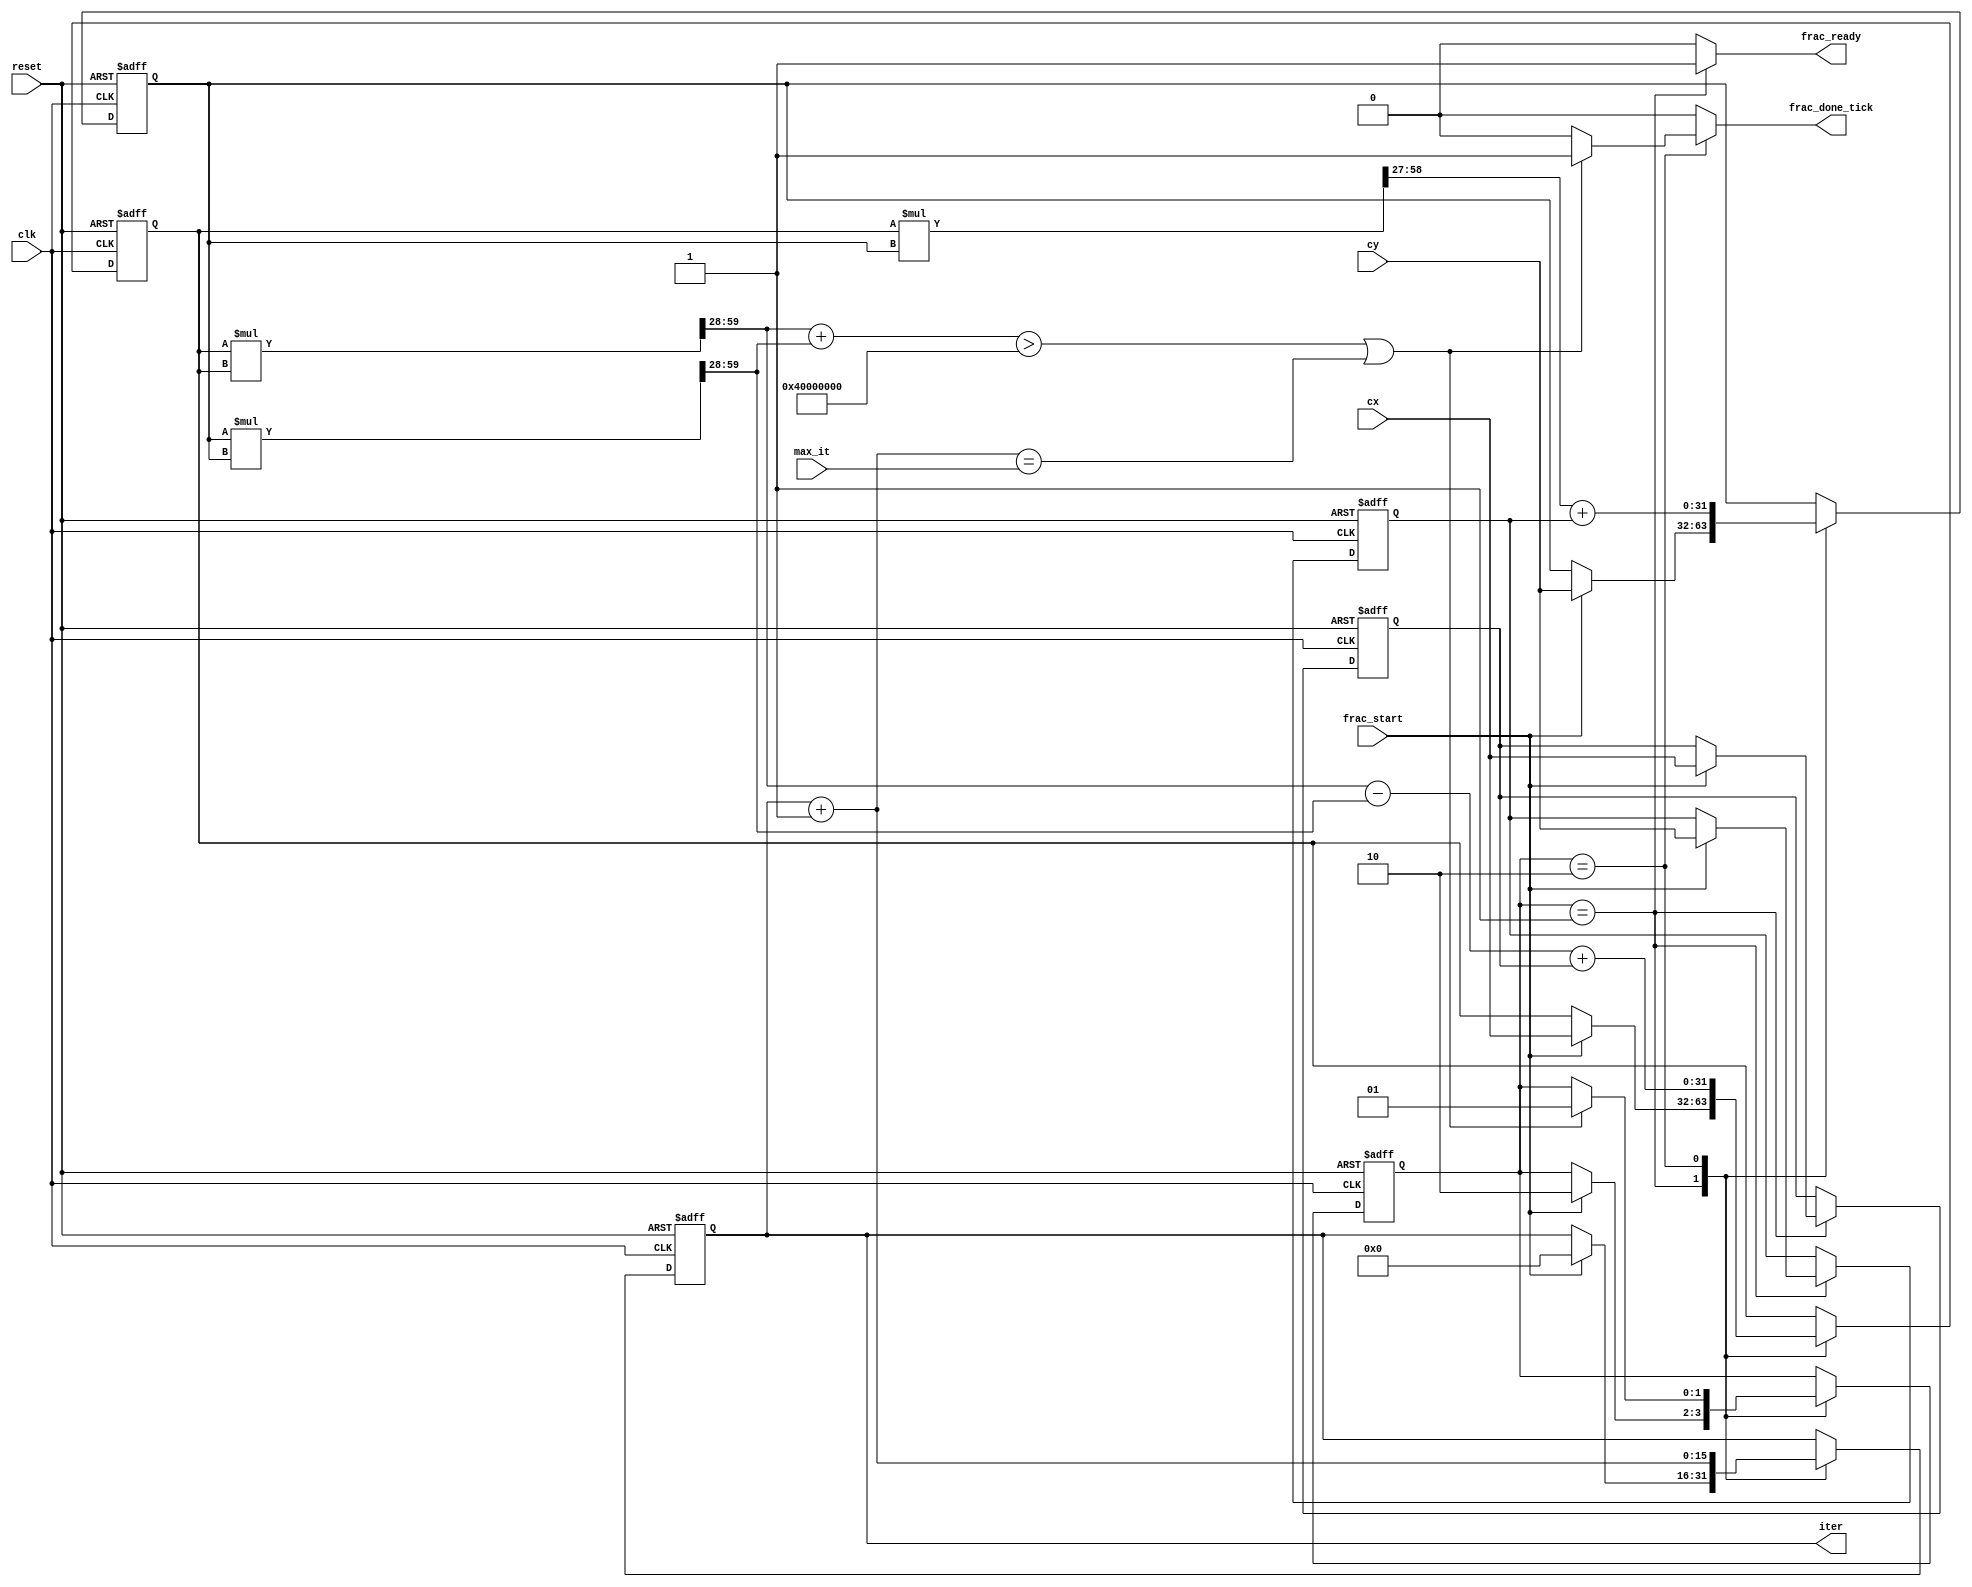
module frac_engine 
   #(
    parameter W = 32,   // width (# bits) of Qm.f format
    parameter M= 4      // # of bits in m
   )
   (
    input wire clk, reset,
    input wire frac_start,
    input wire [W-1:0] cx, cy, 
    input wire [15:0] max_it,
    output wire [15:0] iter,
    output wire frac_ready, frac_done_tick
   );

   // constant declaration
   localparam F = W - M; // # of bits in fraction
   
   // symbolic state declaration
   localparam [1:0]
      idle = 2'b01,
      op   = 2'b10;

   // signal declaration
   reg [1:0] state_reg, state_next;
   reg [15:0] it_reg, it_next;
   wire signed [2*W-1:0] xx_raw, yy_raw, xy_raw;
   wire signed [W-1:0] xx, yy, xy2;
   reg signed [W-1:0] x_reg, x_next, y_reg, y_next; 
   reg signed [W-1:0] cx_reg, cx_next, cy_reg, cy_next; 
   wire escape;
   reg frac_ready_i, frac_done;
   
   // body
   // FSMD state & data registers
   always @(posedge clk, posedge reset)
      if (reset)
         begin
            state_reg <= idle;
            it_reg <= 0;
            x_reg <= 0;
            y_reg <= 0;
            cx_reg <= 0;
            cy_reg <= 0;
         end    
      else
         begin
            state_reg <= state_next;
            it_reg <= it_next;
            x_reg <= x_next;
            y_reg <= y_next;
            cx_reg <= cx_next;
            cy_reg <= cy_next;
         end
   
   // fixed-point multiplications 
   assign xx_raw = x_reg * x_reg;         // in Q2m.2f  
   assign xx = xx_raw[(2*W-1)-M:F];       // back to Qm.f  
   assign yy_raw = y_reg * y_reg;         // in Q2m.2f 
   assign yy = yy_raw[(2*W-1)-M:F];       // back to Qm.f 
   assign xy_raw  = x_reg * y_reg;        // xy in Q2m.2f
   assign xy2 = xy_raw[(2*W-1)-M-1:F-1];  // 2xy in Qm.f 
   // escape condition 
   assign escape = (xx+yy > 32'h40000000); 
   
   // FSMD next-state logic
   always @*
   begin
      state_next = state_reg;
      it_next = it_reg;
      x_next = x_reg;
      y_next = y_reg;
      cx_next = cx_reg;
      cy_next = cy_reg;
      frac_ready_i = 1'b0;
      frac_done = 1'b0;
      case (state_reg)
         idle:
            begin
               frac_ready_i = 1'b1;
               if (frac_start)
                  begin 
                     x_next = cx;
                     y_next = cy;
                     cx_next = cx;
                     cy_next = cy;
                     it_next = 0;
                     state_next = op;
                  end   
            end
         op:
            begin 
               x_next = xx - yy + cx_reg;
               y_next = xy2 + cy_reg; 
               it_next = it_reg +  1;
               if (escape | (it_next==max_it))  
                  begin 
                     state_next = idle;
                     frac_done = 1'b1;
                  end   
            end
      endcase
   end
   
   // output assignment
   assign iter = it_reg;
   assign frac_done_tick = frac_done;
   assign frac_ready = frac_ready_i;
endmodule